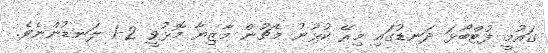
ގައުމީ ފުޓްބޯޅަ ދަނޑުގައި މިރޭ ކުޅުނު މެޗުން މާޒިޔާ މޮޅުވީ 2-1 ލަނޑުންނެވެ.